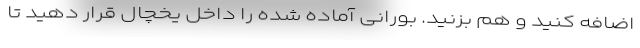
اضافه کنید و هم بزنید. بورانی آماده شده را داخل یخچال قرار دهید تا